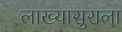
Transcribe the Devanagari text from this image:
लाख्यासुराला